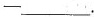
-___.